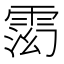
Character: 𬯽